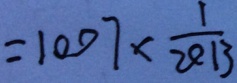
= 1 0 0 7 \times \frac { 1 } { 2 0 1 3 }